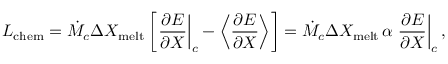
L _ { \mathrm { c h e m } } = \dot { M } _ { c } \Delta X _ { \mathrm { m e l t } } \left[ \left. { \frac { \partial E } { \partial X } } \right| _ { c } - \left\langle { \frac { \partial E } { \partial X } } \right\rangle \right] = \dot { M } _ { c } \Delta X _ { \mathrm { m e l t } } \, \alpha \left. { \frac { \partial E } { \partial X } } \right| _ { c } ,